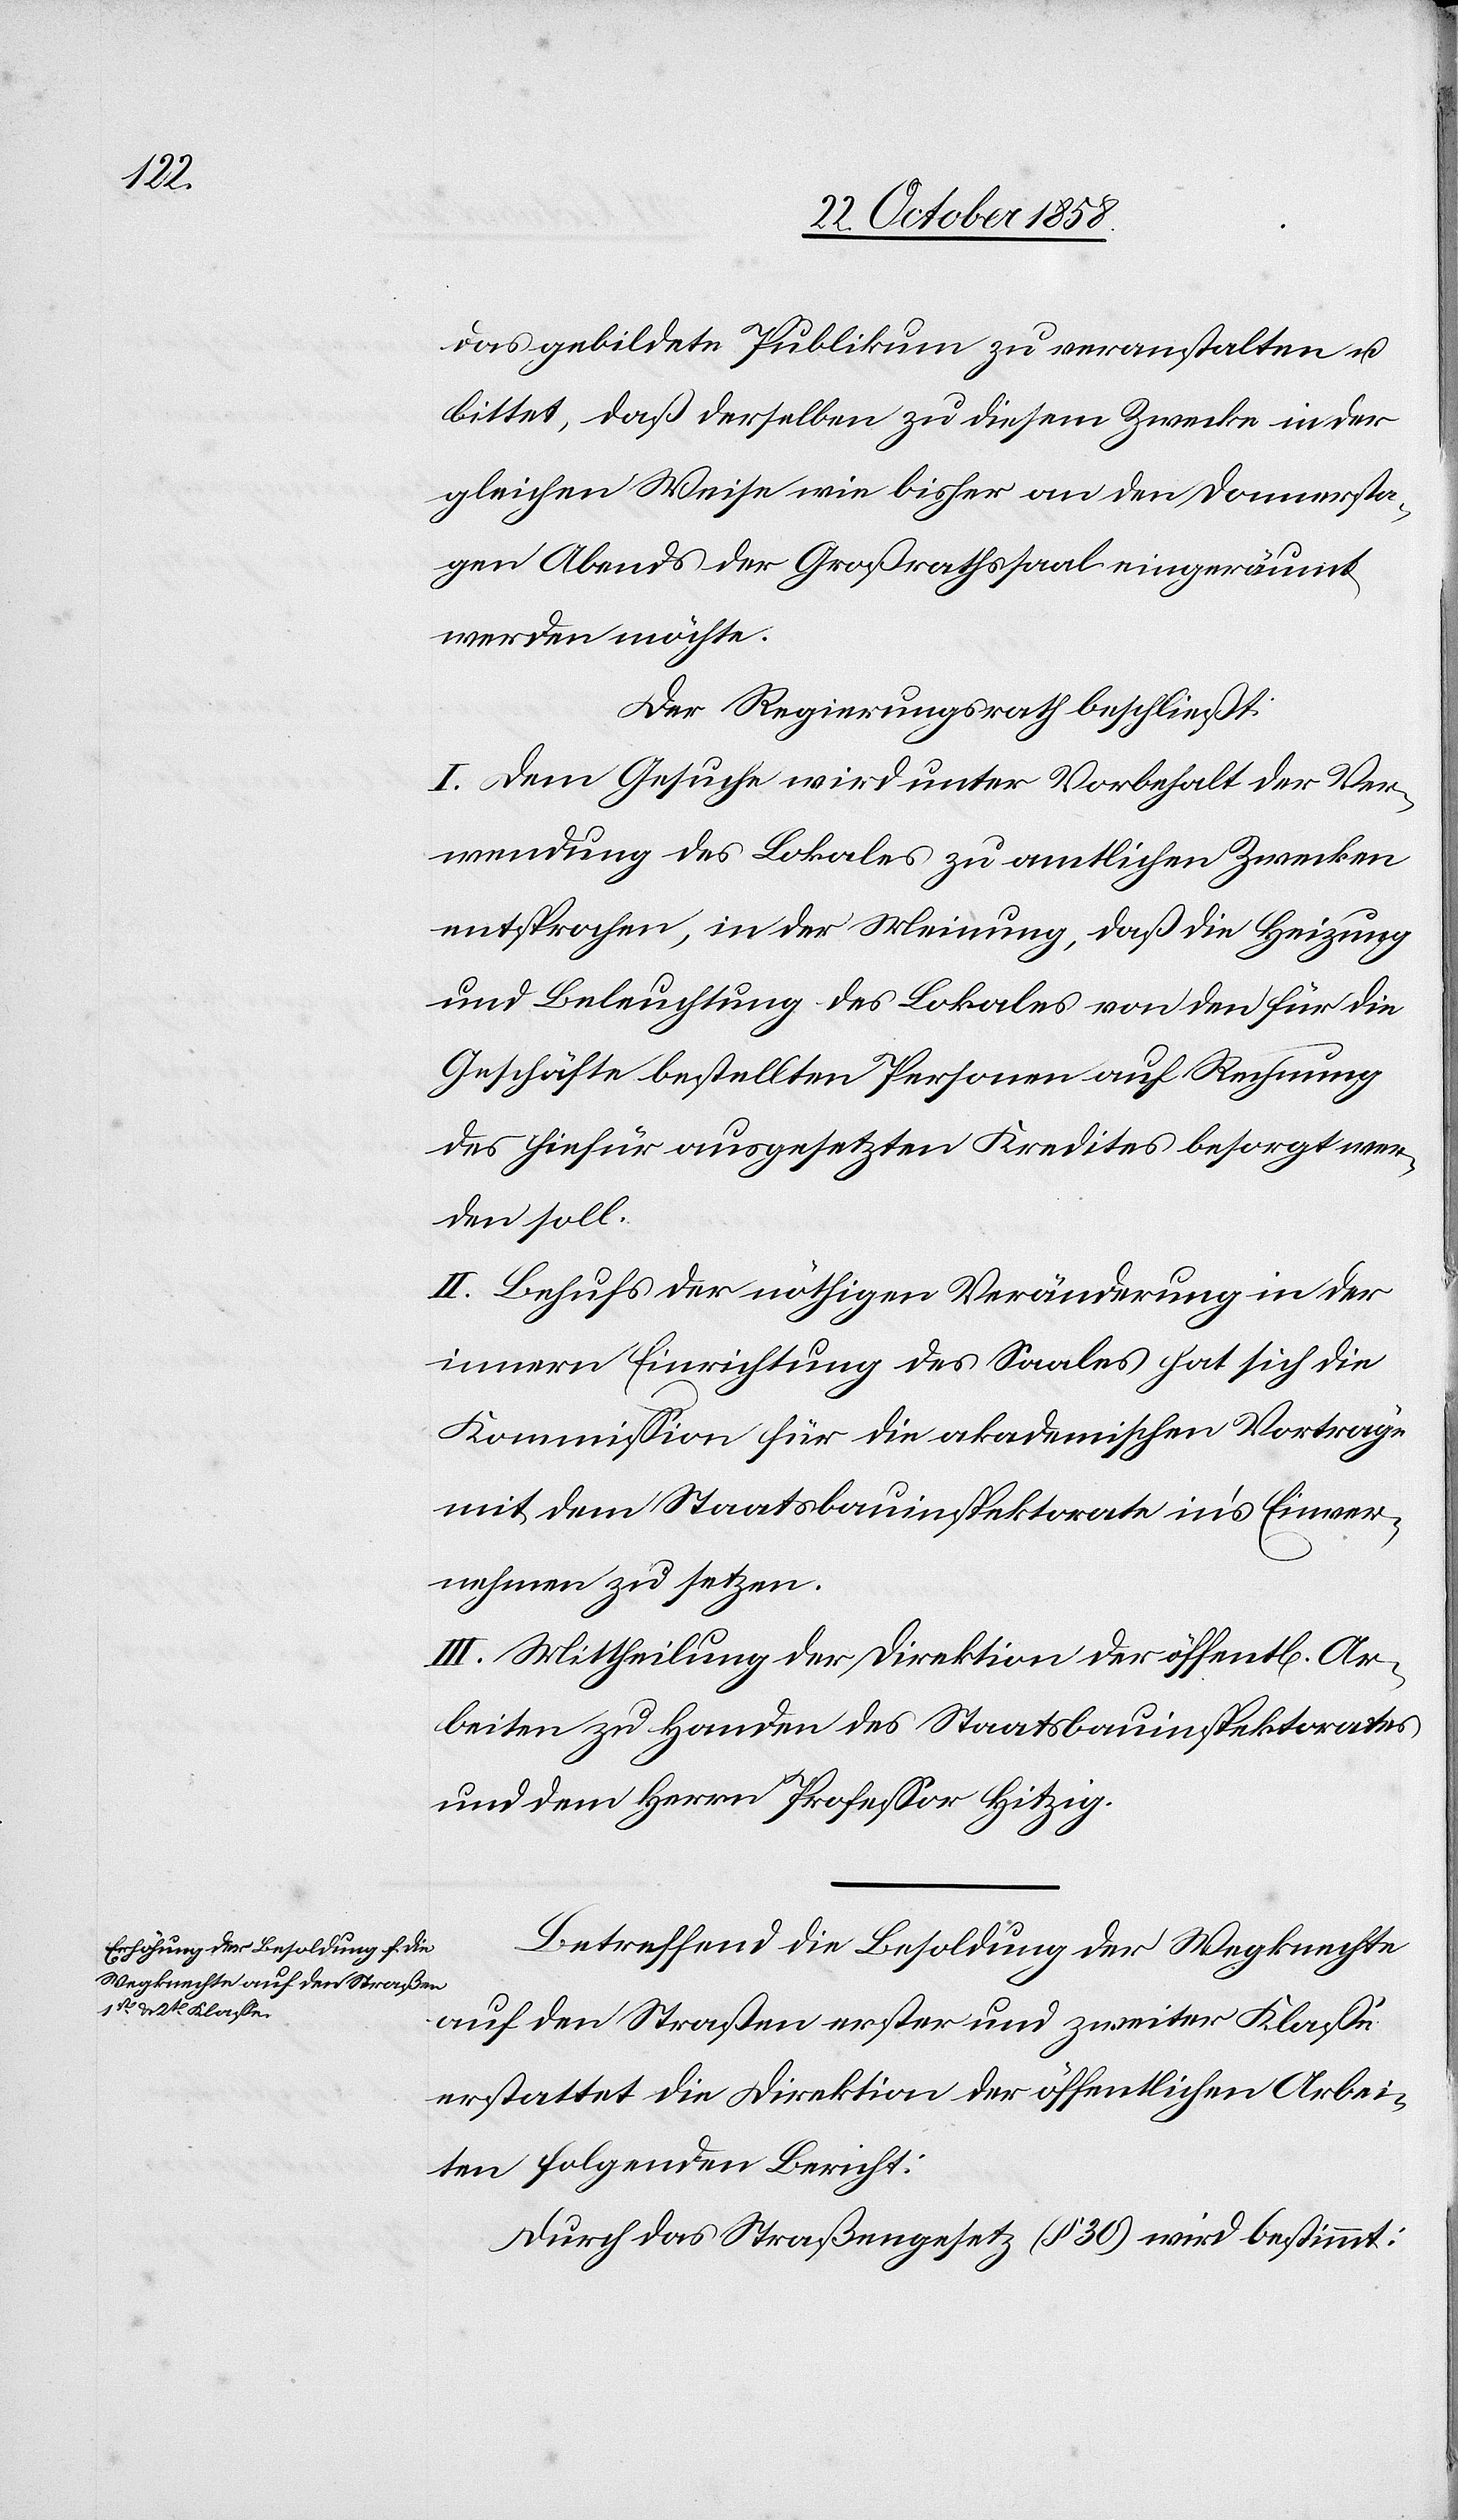
Ar¬

das gebildete Publikum zu veranstalten u.
bittet, daß derselben zu diesem Zwecke in der
gleichen Weise wie bisher an den Donnersta¬
gen Abends der Großrathssaal eingeräumt
werden möchte.
Der Regierungsrath beschließt:
I. Dem Gesuche wird unter Vorbehalt der Ver¬
wendung des Lokales zu amtlichen Zwecken
entsprochen, in der Meinung, daß die Heizung
und Beleuchtung des Lokales von den für die
Geschäfte bestellten Personen auf Rechnung
des hiefür ausgesetzten Kredites besorgt wer¬
den soll.
II. Behufs der nöthigen Veränderung in der
innern Einrichtung des Saales hat sich die
Kommission für die akademischen Vorträge
mit dem Staatsbauinspektorate in’s Einver¬
nehmen zu setzen.
III. Mittheilung der Direktion der öffentl[ichen]
beiten zu Handen des Staatsbauinspektorates
und dem Herrn Professor Hitzig.
Betreffend die Besoldung der Wegknechte
auf den Straßen erster und zweiter Klasse
erstattet die Direktion der öffentlichen Arbei¬
ten folgenden Bericht:
Durch das Straßengesetz (§ 30) wird bestimmt: